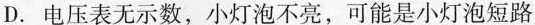
D.电压表无示数，小灯泡不亮，可能是小灯泡短路